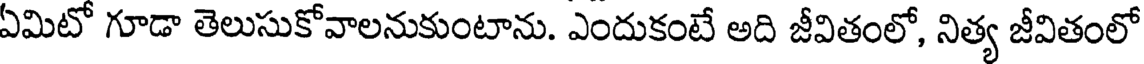
ఏమిటో గూడా తెలుసుకోవాలనుకుంటాను. ఎందుకంటే అది జీవితంలో, నిత్య జీవితంలో